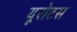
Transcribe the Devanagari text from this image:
यूरोटस